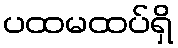
ပထမထပ်ရှိ